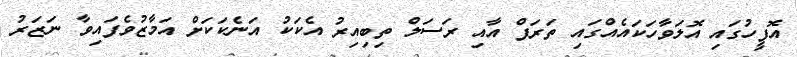
އޮފީހުގައި އޮލަވާހަކައެއްގައި ތަރަފް އާއި ރަސަލް ތިބިއިރު އެކަކު އަނެކަކަށް އަމާޒުވެފައިވާ ނަޒަރު